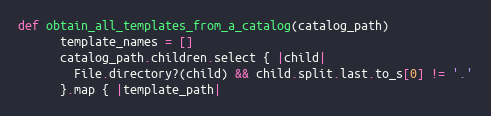
Language: Ruby
def obtain_all_templates_from_a_catalog(catalog_path)
      template_names = []
      catalog_path.children.select { |child|
        File.directory?(child) && child.split.last.to_s[0] != '.'
      }.map { |template_path|